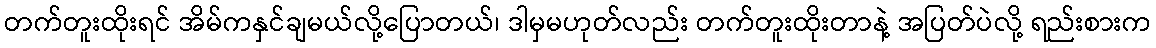
တက်တူးထိုးရင် အိမ်ကနှင်ချမယ်လို့ပြောတယ်၊ ဒါမှမဟုတ်လည်း တက်တူးထိုးတာနဲ့ အပြတ်ပဲလို့ ရည်းစားက